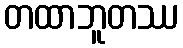
တထာဘူတဿ